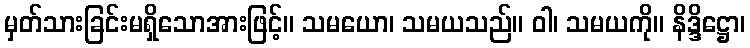
မှတ်သားခြင်းမရှိသောအားဖြင့်။ သမယော၊ သမယသည်။ ဝါ၊ သမယကို။ နိဒ္ဒိဋ္ဌော၊